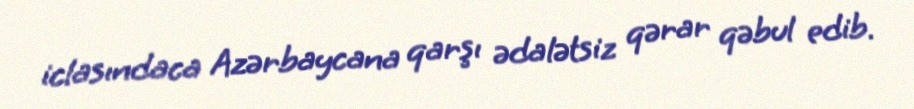
iclasındaca Azərbaycana qarşı ədalətsiz qərar qəbul edib.